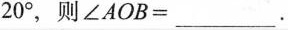
20°，则∠AOB=___。